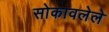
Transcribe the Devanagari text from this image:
सोकावलेले